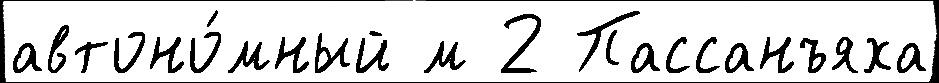
автоно́мный м 2 Пассанъяха